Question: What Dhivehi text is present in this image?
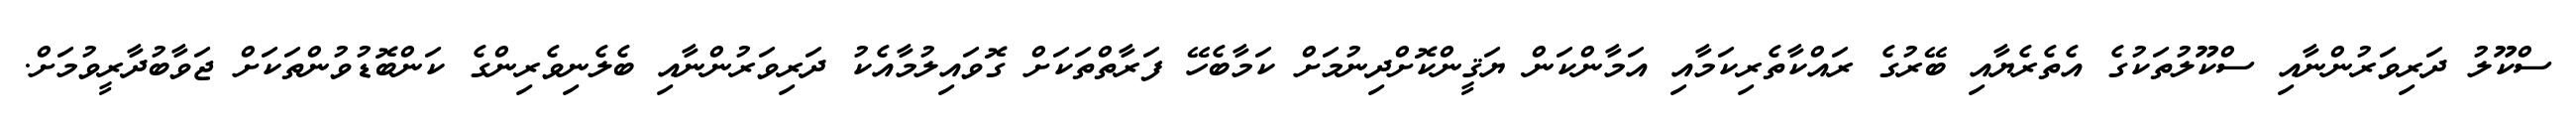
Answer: ސްކޫލު ދަރިވަރުންނާއި ސްކޫލުތަކުގެ އެތެރެޔާއި ބޭރުގެ ރައްކާތެރިކަމާއި އަމާންކަން ޔަޤީންކޮށްދިނުމަށް ކަމާބެހޭ ފަރާތްތަކަށް ގޮވައިލުމާއެކު ދަރިވަރުންނާއި ބެލެނިވެރިންގެ ކަންބޮޑުވުންތަކަށް ޖަވާބުދާރީވުމަށް.